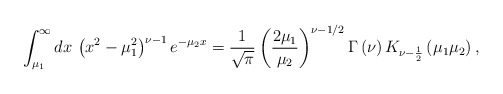
\begin{align*}\int _{\mu _{1}}^{\infty }dx\, \left(x^{2}-\mu _{1}^{2}\right)^{\nu -1}e^{-\mu _{2}x}=\frac{1}{\sqrt{\pi }}\left(\frac{2\mu _{1}}{\mu _{2}}\right)^{\nu -1/2}\Gamma \left(\nu \right)K_{\nu -\frac{1}{2}}\left(\mu _{1}\mu _{2}\right),\end{align*}